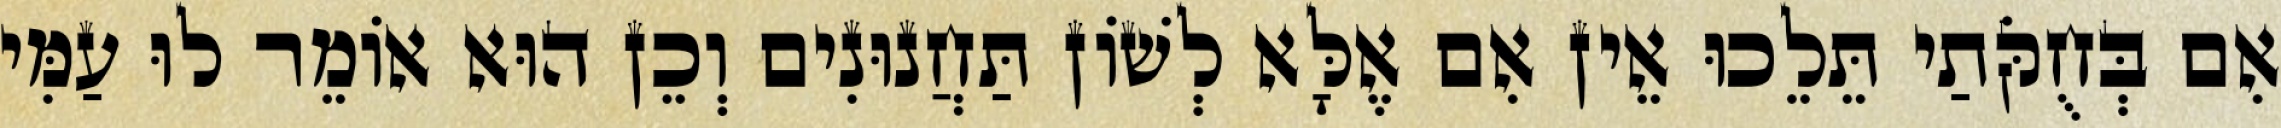
אִם בְּחֻקֹּתַי תֵּלֵכוּ אֵין אִם אֶלָּא לְשׁוֹן תַּחֲנוּנִים וְכֵן הוּא אוֹמֵר לוּ עַמִּי